Report on plague in the Punjab from October 1st ... to September 30th ..., being the ... season of plague in the province
Disease focus: Plague
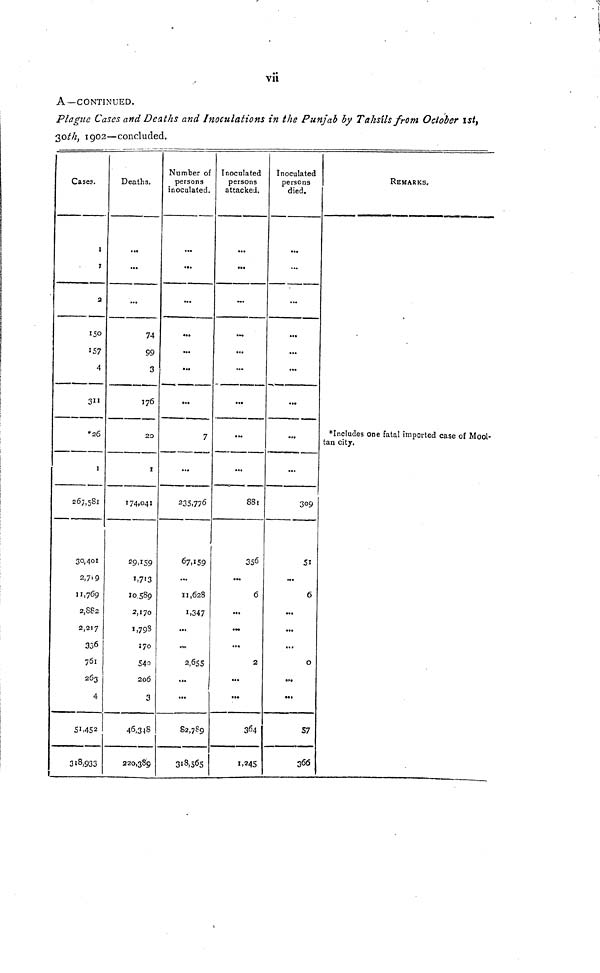
vii
A—CONTINUED.
Plague Cases and Deaths and Inoculations in the Punjab by Tahsils from October 1st,
30 th, 1902—concluded.
Cases.
1
1
a
150
157
4
311
*26
1
267,581
30,401
2,7-9
11,769
2.882
2,217
336
761
263
4
51,452
318,933
Deaths.
...
...
...
74
99
3
176
20
1
174,041
29.159
1,713
10,589
2,170
1,798
170
540
206
3
46,348
220,389
Number of
persons
inoculated.
...
...
...
...
...
...
...
7
...
235,776
67.159
...
11,628
1,347
...
...
2,655
...
...
82,789
318,565
Inoculated
persons
attacked.
....
...
...
...
...
...
...
...
...
881
356
6
...
...
...
2
...
...
364
1.245
Inoculated
persons
died.
....
...
...
...
...
...
...
...
...
309
51
...
6
•••
...
...
0
...
••>
57
366
REMARKS,
Includes one fatal imported case of Moo
tan city.